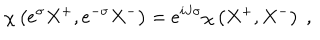
LaTeX: \chi \left( e ^ { \sigma } X ^ { + } , e ^ { - \sigma } X ^ { - } \right) = e ^ { i J \sigma } \chi \left( X ^ { + } , X ^ { - } \right) \ ,